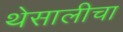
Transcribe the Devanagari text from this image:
थेसालीचा